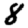
Digit: 8